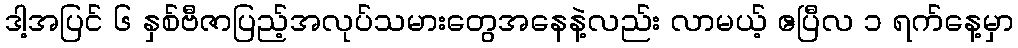
ဒါ့အပြင် ၆ နှစ်ဗီဇာပြည့်အလုပ်သမားတွေအနေနဲ့လည်း လာမယ့် ဧပြီလ ၁ ရက်နေ့မှာ